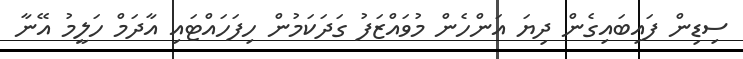
ސިޑިން ފައިބައިގެން ދިޔަ އަންހެން މުވައްޒަފު ގަދަކަމުން ހިފަހައްޓައި އާދަމް ހަލީމު އޭނާ